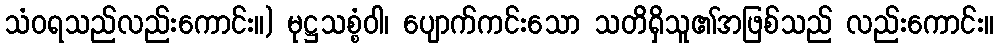
သံဝရသည်လည်းကောင်း။) မုဋ္ဌသစ္စံဝါ၊ ပျောက်ကင်းသော သတိရှိသူ၏အဖြစ်သည် လည်းကောင်း။